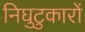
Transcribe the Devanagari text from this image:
निघुटुकारों